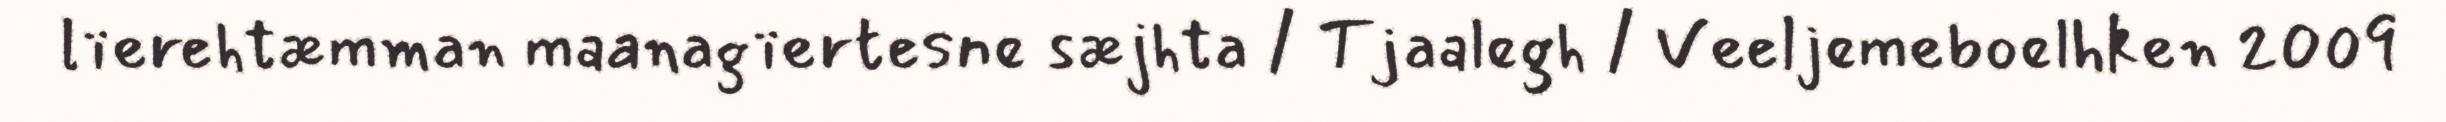
lïerehtæmman maanagïertesne sæjhta / Tjaalegh / Veeljemeboelhken 2009